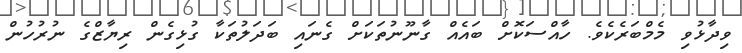
ވިދާޅުވި މެމްބަރެކެވެ. ހާއްސަކޮށް ބައެއް ގާނޫނުތަކަށް ގެނައި ބަދަލުތަކާ ގުޅިގެން ރިޔާޒްގެ ނުރުހުން